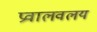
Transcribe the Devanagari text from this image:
प्रवालवलय